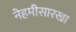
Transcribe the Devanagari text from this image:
नेहमीसारखा